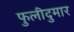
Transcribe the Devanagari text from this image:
फुलीदुमार